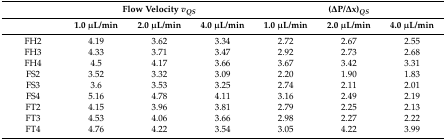
<table><thead><tr><td></td><td colspan="3"><b>Flow Velocity <i>v<sub>QS</sub></i></b></td><td colspan="3"><b>(∆P/∆x)<i><sub>QS</sub></i></b></td></tr><tr><td></td><td><b>1.0 μL/min</b></td><td><b>2.0 μL/min</b></td><td><b>4.0 μL/min</b></td><td><b>1.0 μL/min</b></td><td><b>2.0 μL/min</b></td><td><b>4.0 μL/min</b></td></tr></thead><tbody><tr><td>FH2</td><td>4.19</td><td>3.62</td><td>3.34</td><td>2.72</td><td>2.67</td><td>2.55</td></tr><tr><td>FH3</td><td>4.33</td><td>3.71</td><td>3.47</td><td>2.92</td><td>2.73</td><td>2.68</td></tr><tr><td>FH4</td><td>4.5</td><td>4.17</td><td>3.66</td><td>3.67</td><td>3.42</td><td>3.31</td></tr><tr><td>FS2</td><td>3.52</td><td>3.32</td><td>3.09</td><td>2.20</td><td>1.90</td><td>1.83</td></tr><tr><td>FS3</td><td>3.6</td><td>3.53</td><td>3.25</td><td>2.74</td><td>2.11</td><td> 2.01</td></tr><tr><td>FS4</td><td>5.16</td><td>4.78</td><td>4.11</td><td>3.16</td><td>2.49</td><td>2.19</td></tr><tr><td>FT2</td><td>4.15</td><td>3.96</td><td>3.81</td><td>2.79</td><td>2.25</td><td>2.13</td></tr><tr><td>FT3</td><td>4.53</td><td>4.06</td><td>3.66</td><td>2.98</td><td>2.27</td><td>2.22</td></tr><tr><td>FT4</td><td>4.76</td><td>4.22</td><td>3.54</td><td>3.05</td><td>4.22</td><td>3.99</td></tr></tbody></table>